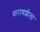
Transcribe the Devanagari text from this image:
वाराणशीला